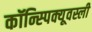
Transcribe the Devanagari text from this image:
कॉन्स्पिक्यूवस्ली